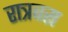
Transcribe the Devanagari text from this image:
रात्रबस